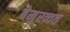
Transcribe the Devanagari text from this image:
बेमुरव्वत